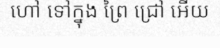
ហៅ ទៅក្នុង ព្រៃ ជ្រៅ អើយ